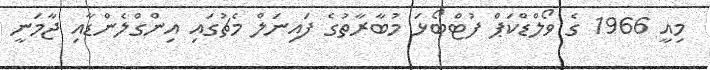
މިއީ 1966 ގެ ވޯލްޑްކަޕް ފުޓްބޯޅަ މުބާރާތުގެ ފައިނަލް މެޗުގައި އިންގްލެންޑާއި ޖާމަނީ